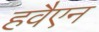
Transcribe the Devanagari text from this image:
हवैएन